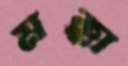
মক্কা